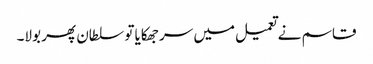
قاسم نے تعمیل میں سر جھکایا تو سلطان پھر بولا۔